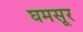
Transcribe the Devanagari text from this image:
घमसूर